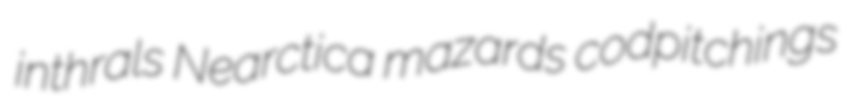
inthrals Nearctica mazards codpitchings